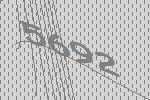
5692